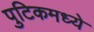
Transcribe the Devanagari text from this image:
पुटिकमध्ये